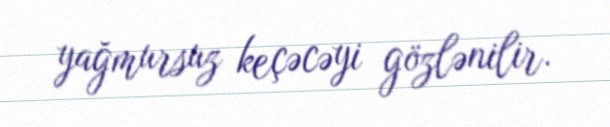
yağmursuz keçəcəyi gözlənilir.